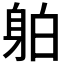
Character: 𲄜